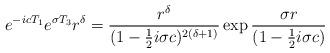
LaTeX: \begin{align*}e^{-icT_1}e^{\sigma T_3}r^\delta = {r^\delta\over (1-{1\over 2}i\sigma c)^{2(\delta + 1)}}\exp {{\sigma r \over (1-{1\over 2}i\sigma c)}}\end{align*}